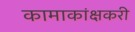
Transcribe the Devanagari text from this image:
कामाकांक्षकरी